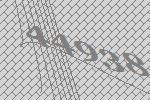
44938